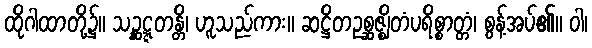
ထိုဂါထာတို့၌။ သဉ္ဆဋ္ဋတန္တိ၊ ဟူသည်ကား။ ဆဋ္ဌိတဥစ္ဆဇ္ဈိတံပရိစ္စာတ္တံ၊ စွန့်အပ်၏။ ဝါ၊